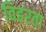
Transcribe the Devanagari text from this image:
विहरता